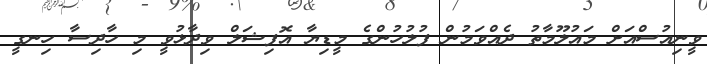
ވީނިއުސްއަށް މައުލޫމާތު ދެއްވަމުން ފުލުހުންގެ މީޑިޔާ އޮފިޝަލް ވިދާޅުވީ މި ހާދިސާ ހިނގީ